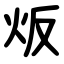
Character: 炍